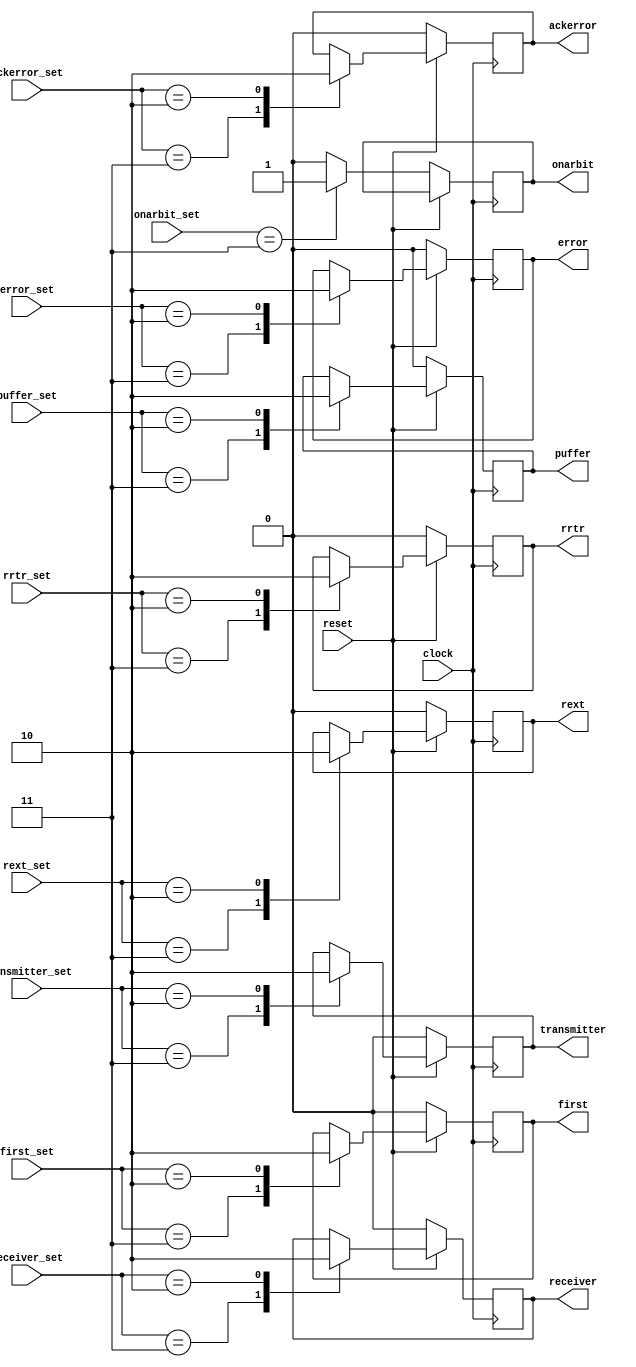
////////////////////////////////////////////////////////////////////////////////////////////////////
//
// Interessengruppe fuer Mikroelektronik und Eingebettete Systeme (IMES)
// Fachhochschule Dortmund
//
// Tool         : Mentor Graphics HDL Designer(TM) 2015.1b (Build 4)
// Description  : fsm_register/ Auslagerung der MACFSM Latches
// Commentary   : Diese Signale waren intern. Jetzt werden sie aus der macfsm so gesteuert:
//                signalxx_set="11"; // auf 1 setzen
//                signalxx_set="10"; // auf 0 setzen
//                signalxx_set="00"; // Unverndert lassen;
//                signalxx_set="01"; //  
//                signalxx steht fr:
//                ackerror 
//                onarbit     
//                transmitter 
//                receiver    
//                error       
//                first       
//                puffer
//                rext
//                rrtr
//                reset synchron, neg. FLanke
//                DW 2005_06_30 clock Flanke von negativ auf positiv geaendert.
// Changelog:
// -------------------------------------------------------------------------------------------------
// Version | Author             | Date       | Changes
// -------------------------------------------------------------------------------------------------
// 0.9     | Leduc              | 12.07.2019 | created
// -------------------------------------------------------------------------------------------------
//
////////////////////////////////////////////////////////////////////////////////////////////////////

//`resetall
//`timescale 1ns/10ps
//`default_nettype none

module fsm_register2(
    input  wire       clock,
    input  wire       reset,
    input  wire [1:0] ackerror_set,     // Steuereingang
    input  wire [1:0] onarbit_set,
    input  wire [1:0] transmitter_set,
    input  wire [1:0] receiver_set,
    input  wire [1:0] error_set,
    input  wire [1:0] first_set,
    input  wire [1:0] puffer_set,
    input  wire [1:0] rext_set,
    input  wire [1:0] rrtr_set,
    output wire        ackerror,         // Register Ausgang
    output wire        onarbit,
    output wire        transmitter,
    output wire        receiver,
    output wire        error,
    output wire        first,
    output wire        puffer,
    output wire        rext,
    output wire        rrtr
  );

//tmrg default triplicate
//tmrg tmr_error false

reg   ackerror_i;
reg   onarbit_i;
reg   transmitter_i;
reg   receiver_i;
reg   error_i;
reg   first_i;
reg   puffer_i;
reg   rext_i;
reg   rrtr_i;


//triplication signals

wire ackerror_iVoted = ackerror_i;
wire onarbit_iVoted = onarbit_i;
wire transmitter_iVoted = transmitter_i;
wire receiver_iVoted = receiver_i;
wire error_iVoted = error_i;
wire first_iVoted = first_i;
wire puffer_iVoted = puffer_i;
wire rext_iVoted = rext_i;
wire rrtr_iVoted = rrtr_i;
assign ackerror = ackerror_iVoted;
assign onarbit = onarbit_iVoted;
assign transmitter = transmitter_iVoted;
assign receiver = receiver_iVoted;
assign error = error_iVoted;
assign first = first_iVoted;
assign puffer = puffer_iVoted;
assign rext = rext_iVoted;
assign rrtr = rrtr_iVoted;


always@(posedge clock)  // DW 2005_06_30 clock Flanke von negativ auf positiv geaendert.
  begin  // PROCESS ackerror
      if (reset == 1'b0)                 // synchroner Reset
        ackerror_i <= 1'b0;
      else
        case (ackerror_set)
          2'b11   : ackerror_i <= 1'b1;    // Setzen
          2'b10   : ackerror_i <= 1'b0;    // Zurcksetzen
          default : ackerror_i <= ackerror_iVoted;  //NULL;          // Halten (00 und 01)
        endcase

end

always@(posedge clock)  // DW 2005_06_30 clock Flanke von negativ auf positiv geaendert.
  begin  // PROCESS onarbit
      if (reset == 1'b0) 
        case (onarbit_set) 
          2'b11   : onarbit_i <= 1'b1;
          2'b10   : onarbit_i <= 1'b0;
          default : onarbit_i <= 1'b0;  //NULL;
        endcase
end 

always@(posedge clock)  // DW 2005_06_30 clock Flanke von negativ auf positiv geaendert.
  begin  // PROCESS transmitter
      if (reset == 1'b0) 
        transmitter_i <= 1'b0;
      else
        case (transmitter_set) 
          2'b11   : transmitter_i <= 1'b1;
          2'b10   : transmitter_i <= 1'b0;
          default : transmitter_i <= transmitter_iVoted;  //NULL;
        endcase

end

always@(posedge clock)  // DW 2005_06_30 clock Flanke von negativ auf positiv geaendert.
  begin  // PROCESS receiver
      if (reset == 1'b0) 
        receiver_i <= 1'b0;
      else
        case (receiver_set) 
          2'b11   : receiver_i <= 1'b1;
          2'b10   : receiver_i <= 1'b0;
          default : receiver_i <= receiver_iVoted;  //NULL;
        endcase

end
 
always@(posedge clock)  // DW 2005_06_30 clock Flanke von negativ auf positiv geaendert.
  begin  // PROCESS error
      if (reset == 1'b0) 
        error_i <= 1'b0;
      else
        case (error_set) 
          2'b11   : error_i <= 1'b1;
          2'b10   : error_i <= 1'b0;
          default : error_i <= error_iVoted;  //NULL;
        endcase
end

always@(posedge clock)  // DW 2005_06_30 clock Flanke von negativ auf positiv geaendert.
  begin  // PROCESS first
      if (reset == 1'b0) 
        first_i <= 1'b0;
      else
        case (first_set) 
          2'b11   : first_i <= 1'b1;
          2'b10   : first_i <= 1'b0;
          default : first_i <= first_iVoted;  //NULL;
        endcase
end

always@(posedge clock)  // DW 2005_06_30 clock Flanke von negativ auf positiv geaendert.
  begin  // PROCESS puffer
      if (reset == 1'b0) 
        puffer_i <= 1'b0;
      else
        case (puffer_set) 
          2'b11   : puffer_i <= 1'b1;
          2'b10   : puffer_i <= 1'b0;
         default  : puffer_i <= puffer_iVoted;  //NULL;
        endcase
end

always@(posedge clock)  // DW 2005_06_30 clock Flanke von negativ auf positiv geaendert.
  begin  // PROCESS rext
      if (reset == 1'b0) 
        rext_i <= 1'b0;
      else
        case (rext_set) 
          2'b11   : rext_i <= 1'b1;
          2'b10   : rext_i <= 1'b0;
          default : rext_i <= rext_iVoted;  //NULL;
        endcase
end

always@(posedge clock)  // DW 2005_06_30 clock Flanke von negativ auf positiv geaendert.
  begin  // PROCESS rrtr
      if (reset == 1'b0) 
        rrtr_i <= 1'b0;
      else
        case (rrtr_set) 
          2'b11   : rrtr_i <= 1'b1;
          2'b10   : rrtr_i <= 1'b0;
          default : rrtr_i <= rrtr_iVoted;  //NULL;
        endcase
end

endmodule